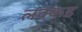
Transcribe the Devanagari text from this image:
लक्कड